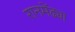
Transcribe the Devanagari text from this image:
रानमेंढ्या